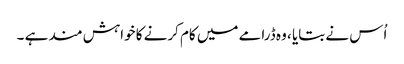
اُس نے بتایا ، وہ ڈرامے میں کام کرنے کا خواہش مند ہے ۔